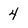
Character: 4